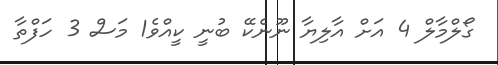
ގޯލްމާލް 4 އަށް އާލިޔާ ނޫނެކޭ ބުނީ ކީއްވެ1 މަސް 3 ހަފްތާ